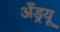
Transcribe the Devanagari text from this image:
अँड्रयू